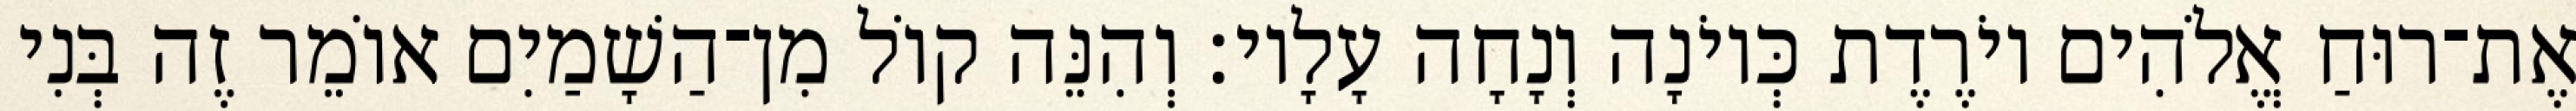
אֶת־רוּחַ אֱלֹהִים יוֹרֶדֶת כְּיוֹנָה וְנָחָה עָלָיו׃ וְהִנֵּה קוֹל מִן־הַשָׁמַיִם אוֹמֵר זֶה בְּנִי